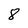
Character: 8